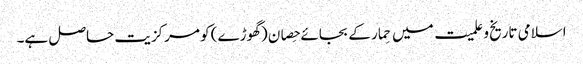
اسلامی تاریخ و علمیت میں حِمار کے بجائے حِصان (گھوڑے) کو مرکزیت حاصل ہے۔